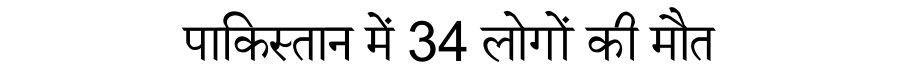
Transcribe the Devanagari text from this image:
पाकिस्तान में 34 लोगों की मौत